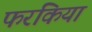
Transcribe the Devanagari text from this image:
फरकिया